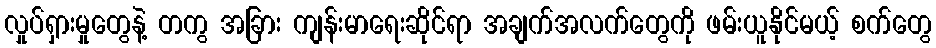
လှုပ်ရှားမှုတွေနဲ့ တကွ အခြား ကျန်းမာရေးဆိုင်ရာ အချက်အလက်တွေကို ဖမ်းယူနိုင်မယ့် စက်တွေ